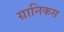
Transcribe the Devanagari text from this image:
ग्रानिकस